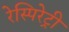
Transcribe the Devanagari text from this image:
रेस्पिरेट्री